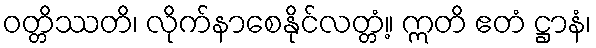
ဝတ္တိဿတိ၊ လိုက်နာစေနိုင်လတ္တံ့။ ဣတိ ဧတံ ဋ္ဌာနံ၊